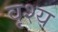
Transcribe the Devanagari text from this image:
वृश्य